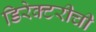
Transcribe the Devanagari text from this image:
डिरेक्टरीची